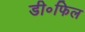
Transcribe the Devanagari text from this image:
डी॰फिल